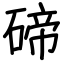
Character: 碲